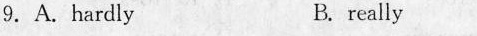
9. A. hardly B.really